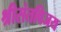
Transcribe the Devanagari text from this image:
श्रीसंतविजय